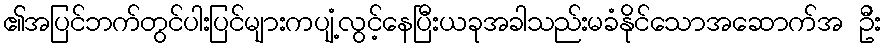
၏အပြင်ဘက်တွင်ပါးပြင်များကပျံ့လွင့်နေပြီးယခုအခါသည်းမခံနိုင်သောအဆောက်အ ဦး